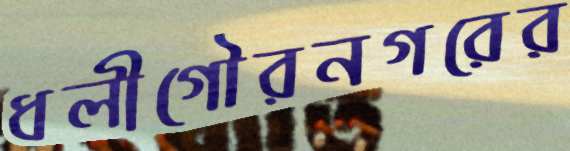
ধলীগৌরনগরের